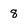
Character: 8